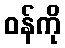
ဝန်ကို